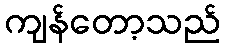
ကျန်တော့သည်